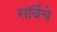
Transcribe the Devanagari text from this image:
सॉर्बेचे